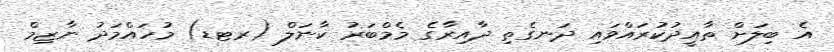
އެ ބިލަށް ތާއީދުކުރައްވައި ދަނގެތި ދާއިރާގެ މެމްބަރު ކާނަލް (ރޓޑ) މުހައްމަދު ނާޒިމް